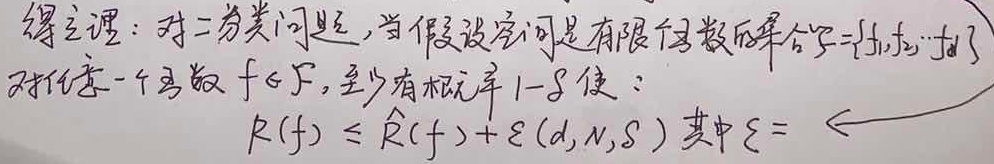
定理：对二分类问题，当假设空间是有限个数的集合 $\mathcal{F}=\{f_1,f_2,\cdots,f_d\}$ 时，对任意一个函数 $f\in\mathcal{F}$，至少有概率 $1 - \delta$ 使：
\[R(f)\leq\hat{R}(f)+\varepsilon(d,N,\delta)\]
其中 $\varepsilon =$  ←